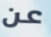
عن